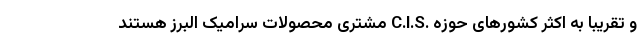
و تقریباً به اکثر کشورهای حوزه .C.I.S مشتری محصولات سرامیک البرز هستند